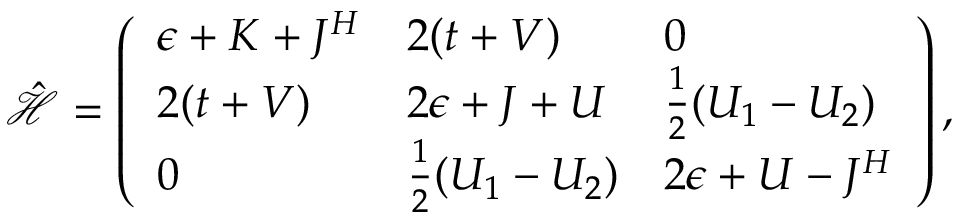
\begin{array} { r } { \hat { \mathcal { H } } = \left( \begin{array} { l l l } { \epsilon + K + J ^ { H } } & { 2 ( t + V ) } & { 0 } \\ { 2 ( t + V ) } & { 2 \epsilon + J + U } & { \frac { 1 } { 2 } ( U _ { 1 } - U _ { 2 } ) } \\ { 0 } & { \frac { 1 } { 2 } ( U _ { 1 } - U _ { 2 } ) } & { 2 \epsilon + U - J ^ { H } } \end{array} \right) , } \end{array}